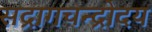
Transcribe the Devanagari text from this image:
सद्रागचन्द्रोदय